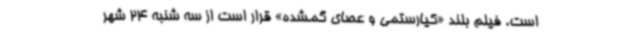
است. فیلم بلند «کیارستمی و عصای گمشده» قرار است از سه شنبه 24 شهر